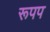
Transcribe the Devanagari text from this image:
रूपप